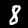
Digit: 8